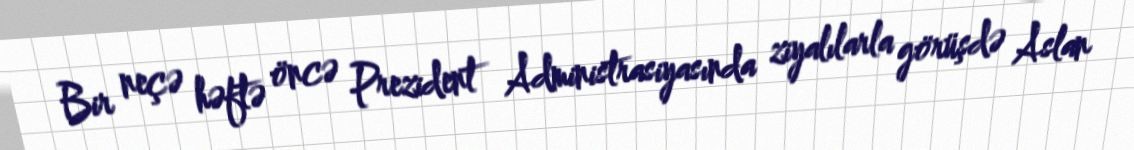
Bir neçə həftə öncə Prezident Administrasiyasında ziyalılarla görüşdə Aslan